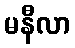
မနီလာ